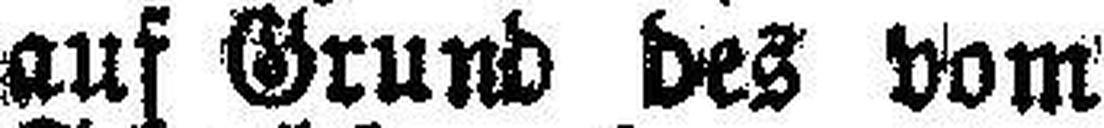
auf Grund des vom Ankläger gestellten Antrages auf